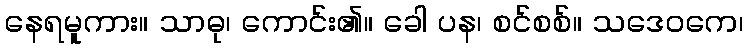
နေရမူကား။ သာဓု၊ ကောင်း၏။ ခေါ ပန၊ စင်စစ်။ သဒေဝကေ၊